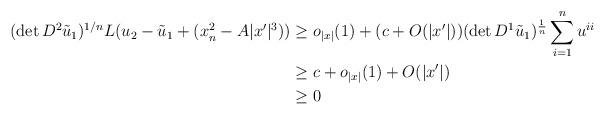
LaTeX: \begin{align*}(\det D^2\tilde u_1)^{1/n}L(u_2-\tilde u_1+ (x_n^2-A|x'|^3))&\geq o_{|x|}(1)+(c+O(|x'|))(\det D^1\tilde u_1)^{\frac{1}{n}}\sum_{i = 1}^nu^{ii}\\&\geq c+o_{|x|}(1)+O(|x'|)\\&\geq 0\end{align*}